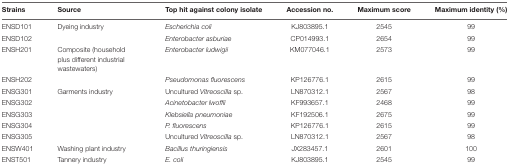
| Strains | Source | Top hit against colony isolate | Accession no. | Maximum score | Maximum identity (%) |
 | --- | --- | --- | --- | --- | --- |
 | ENSD101 | Dyeing industry | Escherichia coli | KJ803895.1 | 2545 | 99 |
 | ENSD102 |  | Enterobacter asburiae | CP014993.1 | 2654 | 99 |
 | ENSH201 | Composite (household plus different industrial wastewaters) | Enterobacter ludwigii | KM077046.1 | 2573 | 99 |
 | ENSH202 |  | Pseudomonas fluorescens | KP126776.1 | 2615 | 99 |
 | ENSG301 | Garments industry | Uncultured Vitreoscilla sp. | LN870312.1 | 2567 | 98 |
 | ENSG302 |  | Acinetobacter lwoffii | KF993657.1 | 2468 | 99 |
 | ENSG303 |  | Klebsiella pneumoniae | KF192506.1 | 2675 | 99 |
 | ENSG304 |  | P. fluorescens | KP126776.1 | 2615 | 99 |
 | ENSG305 |  | Uncultured Vitreoscilla sp. | LN870312.1 | 2567 | 98 |
 | ENSW401 | Washing plant industry | Bacillus thuringiensis | JX283457.1 | 2601 | 100 |
 | ENST501 | Tannery industry | E. coli | KJ803895.1 | 2545 | 99 |